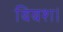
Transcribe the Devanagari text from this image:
बिबश।